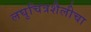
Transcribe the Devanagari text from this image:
लघुचित्रशैलीचा